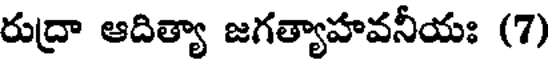
రుద్రా ఆదిత్యా జగత్యాహవనీయః (7)